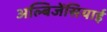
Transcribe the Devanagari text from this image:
अल्बिजेंसियाई